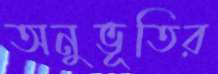
অনুভূতির